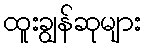
ထူးချွန်ဆုများ